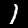
Label: 1